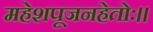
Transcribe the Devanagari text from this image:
महेशपूजनहेतोः।।